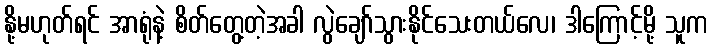
နို့မဟုတ်ရင် အာရုံနဲ့ စိတ်တွေ့တဲ့အခါ လွဲချော်သွားနိုင်သေးတယ်လေ၊ ဒါကြောင့်မို့ သူက